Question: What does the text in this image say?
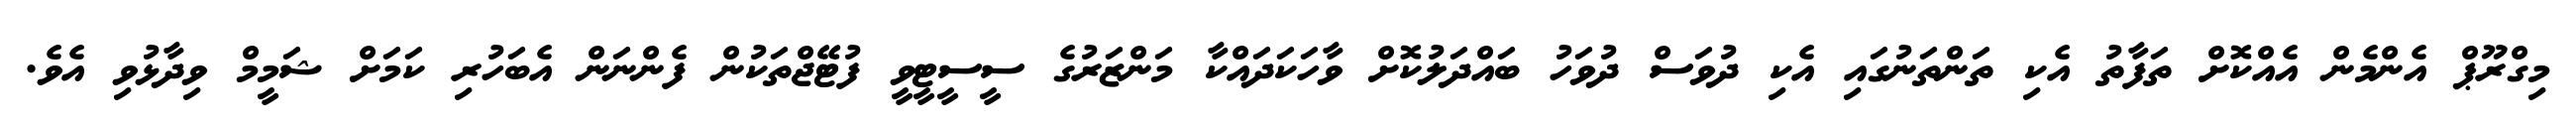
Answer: މިގްރޫޕް އެންމެން އެއްކޮށް ތަފާތު އެކި ތަންތަނުގައި އެކި ދުވަސް ދުވަހު ބައްދަލުކޮށް ވާހަކަދައްކާ މަންޒަރުގެ ސީސީޓީވީ ފުޓޭޖްތަކުން ފެންނަން އެބަހުރި ކަމަށް ޝަމީމް ވިދާޅުވި އެވެ.